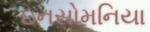
ઇનસોમનિયા